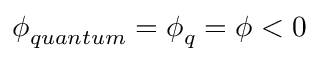
\phi _ { q u a n t u m } = \phi _ { q } = \phi < 0